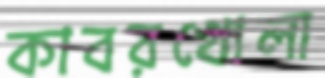
কাবরখোলা